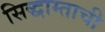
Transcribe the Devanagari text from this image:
सिद्धाम्ताची